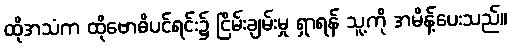
ထိုအသံက ထိုဗောဓိပင်ရင်း၌ ငြိမ်းချမ်းမှု ရှာရန် သူ့ကို အမိန့်ပေးသည်။